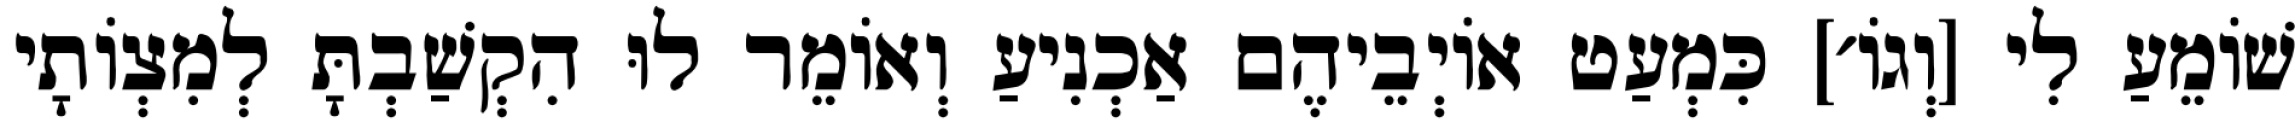
שׁוֹמֵעַ לִי [וְגוֹ׳] כִּמְעַט אוֹיְבֵיהֶם אַכְנִיעַ וְאוֹמֵר לוּ הִקְשַׁבְתָּ לְמִצְוֹתָי